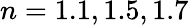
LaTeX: \textit{n}=1.1,1.5,1.7